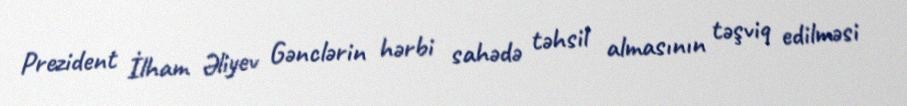
Prezident İlham Əliyev Gənclərin hərbi sahədə təhsil almasının təşviq edilməsi